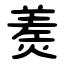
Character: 㷢